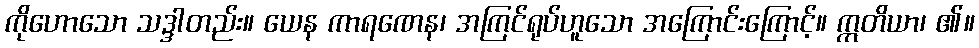
ကိုဟောသော သဒ္ဒါတည်း။ ယေန ကာရဏေန၊ အကြင်ရုပ်ဟူသော အကြောင်းကြောင့်။ ဣတိယာ၊ ၏။